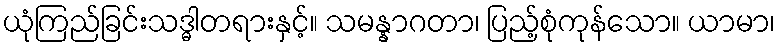
ယုံကြည်ခြင်းသဒ္ဓါတရားနှင့်။ သမန္နာဂတာ၊ ပြည့်စုံကုန်သော။ ယာမာ၊